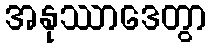
အနုဿာဒေတွာ